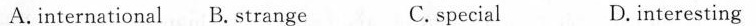
A.international B.Strange C.special D.interesting